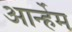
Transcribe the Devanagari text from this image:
आर्न्हेम